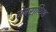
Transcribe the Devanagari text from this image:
जेबराफिश